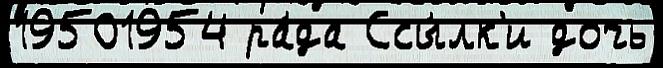
19501954 ра́да Ссы́лк'и дочь